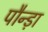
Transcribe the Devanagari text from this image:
पौन्ड़ा